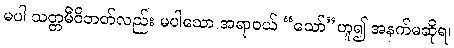
မပါ သတ္တမီဝိဘတ်လည်း မပါသော အရာဝယ် “သော်”ဟူ၍ အနက်မဆိုရ၊